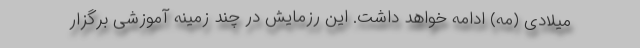
میلادی (مه) ادامه خواهد داشت. این رزمایش در چند زمینه آموزشی برگزار